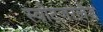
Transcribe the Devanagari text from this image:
स्वीट्‍जरलैंड